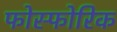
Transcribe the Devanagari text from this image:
फोस्फोरिक